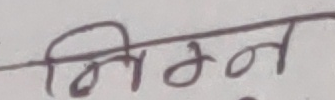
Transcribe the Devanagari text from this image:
निम्न